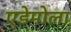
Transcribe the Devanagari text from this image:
एडेमोला